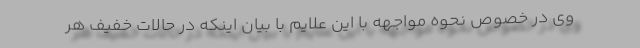
وی در خصوص نحوه مواجهه با این علایم با بیان اینکه در حالات خفیف هر